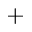
^ { + }